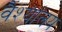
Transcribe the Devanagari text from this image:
वैश्यालय